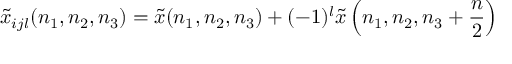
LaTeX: { \tilde { x } } _ { i j l } ( n _ { 1 } , n _ { 2 } , n _ { 3 } ) = { \tilde { x } } ( n _ { 1 } , n _ { 2 } , n _ { 3 } ) + ( - 1 ) ^ { l } { \tilde { x } } \left( n _ { 1 } , n _ { 2 } , n _ { 3 } + { \frac { n } { 2 } } \right)